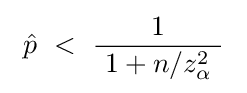
~{\hat {p}}~<~{\frac {1}{\ 1+n/z_{\alpha }^{2}\ }}~